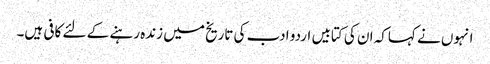
انہوں نے کہاکہ ان کی کتابیں اردو ادب کی تاریخ میں زندہ رہنے کے لئے کافی ہیں۔